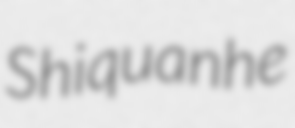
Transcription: Shiquanhe